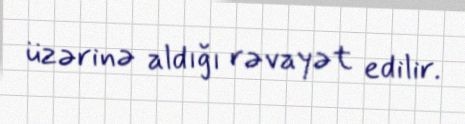
üzərinə aldığı rəvayət edilir.